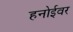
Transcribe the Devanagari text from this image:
हनोईवर